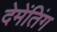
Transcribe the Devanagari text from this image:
देमेंतिंग